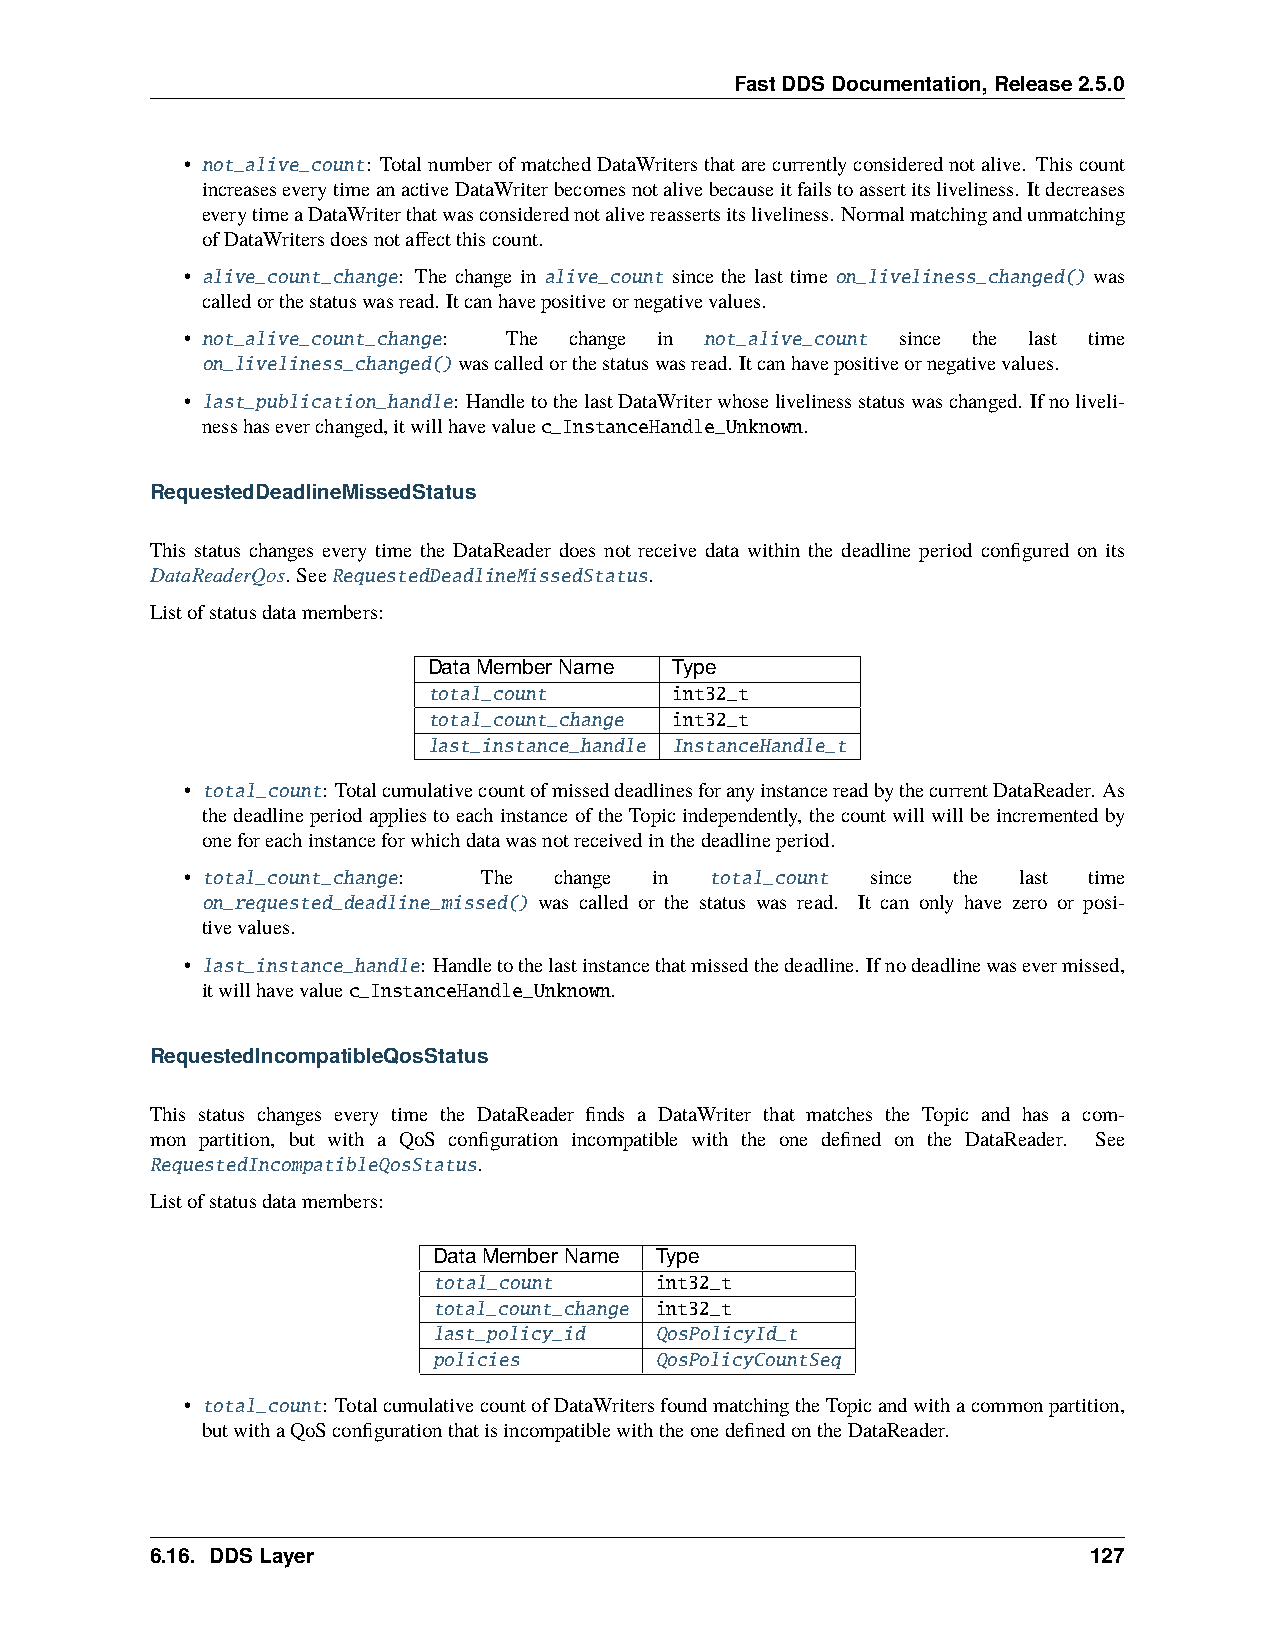
FastDDSDocumentation,Release2.5.0
 • not_alive_count: TotalnumberofmatchedDataWritersthatarecurrentlyconsiderednotalive. Thiscount
 increaseseverytimeanactiveDataWriterbecomesnotalivebecauseitfailstoassertitsliveliness. Itdecreases
 everytimeaDataWriterthatwasconsiderednotalivereassertsitsliveliness. Normalmatchingandunmatching
 ofDataWritersdoesnotaffectthiscount.
 • alive_count_change: The change in alive_count since the last time on_liveliness_changed() was
 calledorthestatuswasread. Itcanhavepositiveornegativevalues.
 • not_alive_count_change: The change in not_alive_count since the last time
 on_liveliness_changed()wascalledorthestatuswasread. Itcanhavepositiveornegativevalues.
 • last_publication_handle: HandletothelastDataWriterwhoselivelinessstatuswaschanged. Ifnoliveli-
 nesshaseverchanged,itwillhavevaluec_InstanceHandle_Unknown.
 RequestedDeadlineMissedStatus
 This status changes every time the DataReader does not receive data within the deadline period configured on its
 DataReaderQos. SeeRequestedDeadlineMissedStatus.
 Listofstatusdatamembers:
 DataMemberName   Type
 total_count      int32_t
 total_count_change int32_t
 last_instance_handle InstanceHandle_t
 • total_count: TotalcumulativecountofmisseddeadlinesforanyinstancereadbythecurrentDataReader. As
 thedeadlineperiodappliestoeachinstanceoftheTopicindependently, thecountwillwillbeincrementedby
 oneforeachinstanceforwhichdatawasnotreceivedinthedeadlineperiod.
 • total_count_change: The change in total_count since the last time
 on_requested_deadline_missed() was called or the status was read. It can only have zero or posi-
 tivevalues.
 • last_instance_handle: Handletothelastinstancethatmissedthedeadline. Ifnodeadlinewasevermissed,
 itwillhavevaluec_InstanceHandle_Unknown.
 RequestedIncompatibleQosStatus
 This status changes every time the DataReader finds a DataWriter that matches the Topic and has a com-
 mon partition, but with a QoS configuration incompatible with the one defined on the DataReader. See
 RequestedIncompatibleQosStatus.
 Listofstatusdatamembers:
 DataMemberName Type
 total_count   int32_t
 total_count_change int32_t
 last_policy_id QosPolicyId_t
 policies      QosPolicyCountSeq
 • total_count: TotalcumulativecountofDataWritersfoundmatchingtheTopicandwithacommonpartition,
 butwithaQoSconfigurationthatisincompatiblewiththeonedefinedontheDataReader.
 6.16. DDSLayer                                                127